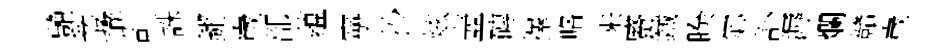
艶叢嶰乹誅鏘嵗部蕴寜抄炫壺磚擇咯来蹙鐵睽宓訃溽爛贛嵗